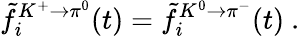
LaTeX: \tilde{f}_{i}^{K^{+}\rightarrow\pi^{0}}(t)=\tilde{f}_{i}^{K^{0}\rightarrow\pi^{-}}(t)\ .